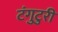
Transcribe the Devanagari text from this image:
टंगुटुरी